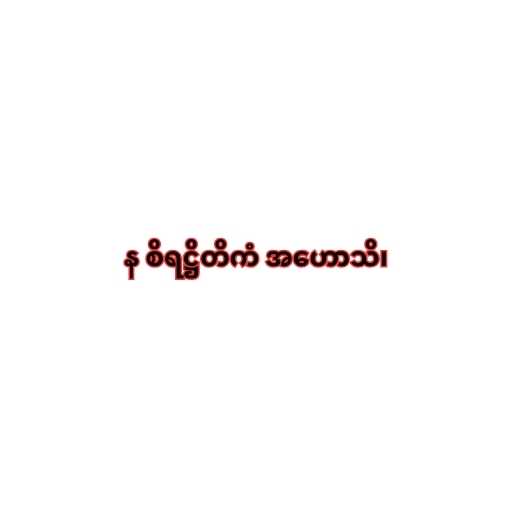
န စိရဋ္ဌိတိကံ အဟောသိ၊